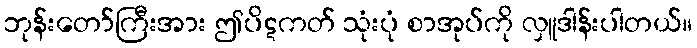
ဘုန်းတော်ကြီးအား ဤပိဋကတ် သုံးပုံ စာအုပ်ကို လှူဒါန်းပါတယ်။